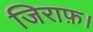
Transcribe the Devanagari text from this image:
जिराफ़।